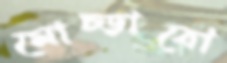
মোচ্‌ড়াবো